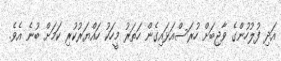
އަދި ފުލުހުންގެ ވާޖިބަށް ހުރަސްއަޅައިގެން ހަތަރު މީހަކު ހައްޔަރުކުރި ކަމަށް ބުނެ އެވެ.